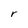
Character: r